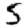
Digit: 5